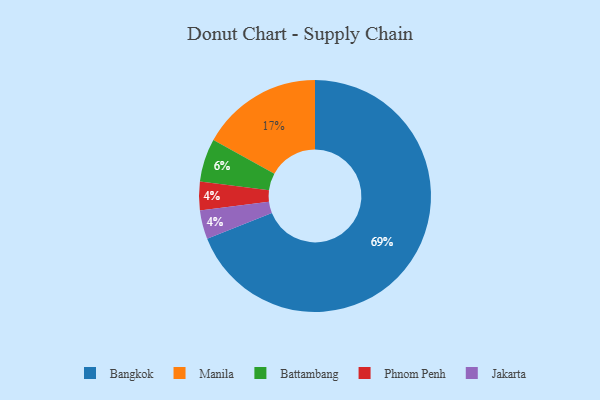
{"axis": {"x": "Category", "y": "Percentage"}, "legend": ["Bangkok", "Battambang", "Jakarta", "Manila", "Phnom Penh"], "data": [{"x": "Bangkok", "y": 69, "type": "Bangkok"}, {"x": "Manila", "y": 17, "type": "Manila"}, {"x": "Battambang", "y": 6, "type": "Battambang"}, {"x": "Phnom Penh", "y": 4, "type": "Phnom Penh"}, {"x": "Jakarta", "y": 4, "type": "Jakarta"}]}